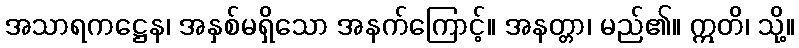
အသာရကဋ္ဌေန၊ အနှစ်မရှိသော အနက်ကြောင့်။ အနတ္တာ၊ မည်၏။ ဣတိ၊ သို့။